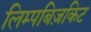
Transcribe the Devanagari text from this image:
लिम्पबिज़किट